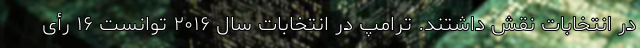
در انتخابات نقش داشتند. ترامپ در انتخابات سال ۲۰۱۶ توانست ۱۶ رأی